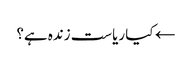
← کیا ریاست زندہ ہے؟